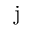
\mathrm { j }